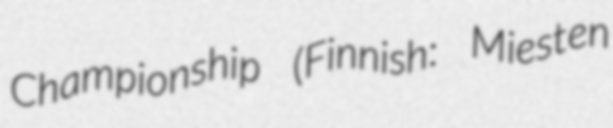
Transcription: Championship (Finnish: Miesten